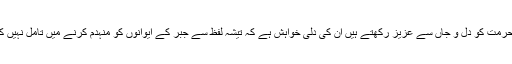
وہ لفظ کی حرمت کو دل و جاں سے عزیز رکھتے ہیں ان کی دلی خواہش ہے کہ تیشہ لفظ سے جبر کے ایوانوں کو منہدم کرنے میں تامل نہیں کرنا چاہیے۔